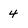
Character: 4